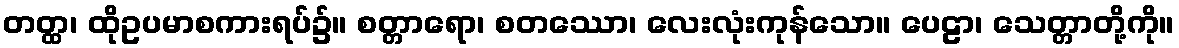
တတ္ထ၊ ထိုဥပမာစကားရပ်၌။ စတ္တာရော၊ စတဿော၊ လေးလုံးကုန်သော။ ပေဠာ၊ သေတ္တာတို့ကို။